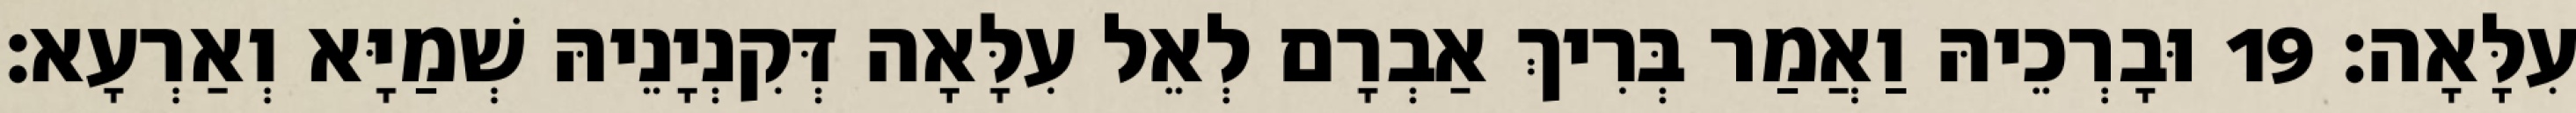
עִלָּאָה׃ 19 וּבָרְכֵיהּ וַאֲמַר בְּרִיךְ אַבְרָם לְאֵל עִלָּאָה דְּקִנְיָנֵיהּ שְׁמַיָּא וְאַרְעָא׃